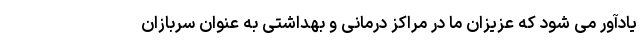
یادآور می­ شود که عزیزان ما در مراکز درمانی و بهداشتی به عنوان سربازان